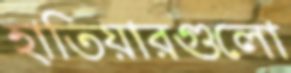
হাতিয়ারগুলো